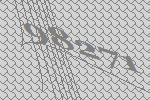
98271